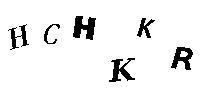
HCHKKR